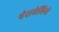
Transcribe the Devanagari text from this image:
पेराऐमिनो